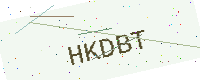
Text: HKDBT